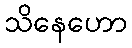
သိနေဟော